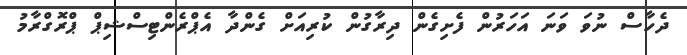
ދެހާސް ނުވަ ވަނަ އަހަރުން ފެށިގެން ދިރާގުން ކުރިއަށް ގެންދާ އެޕްރެންޓިސްޝިޕް ޕްރޮގްރާމު